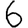
Digit: 6